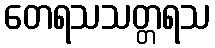
တေရသသတ္တရသ